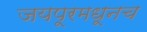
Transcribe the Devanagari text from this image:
जयपूरमधूनच